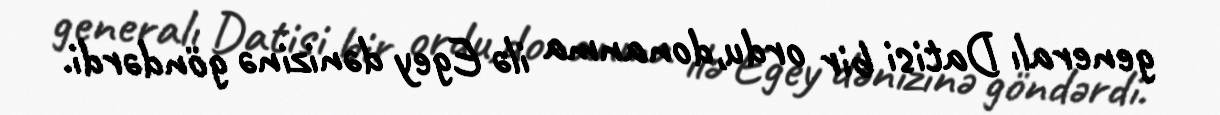
generalı Datisi bir ordu,donanma ilə Egey dənizinə göndərdi.